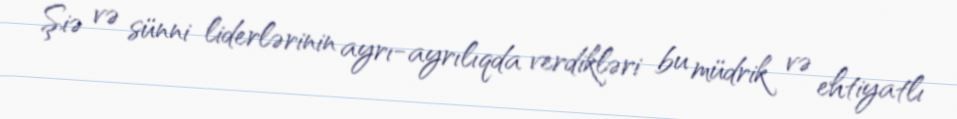
Şiə və sünni liderlərinin ayrı-ayrılıqda verdikləri bu müdrik və ehtiyatlı